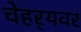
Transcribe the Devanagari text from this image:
चेहर्‍यवर